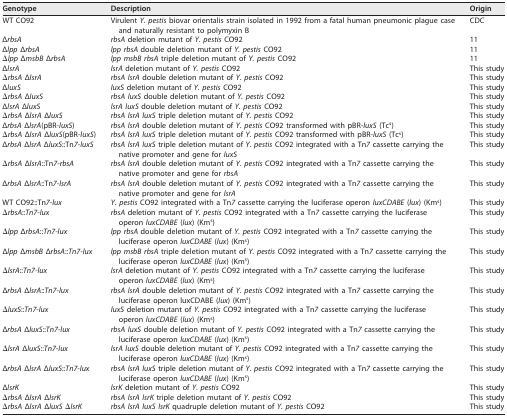
<table><thead><tr><td><b>Genotype</b></td><td><b>Description</b></td><td><b>Origin</b></td></tr></thead><tbody><tr><td>WT CO92</td><td>Virulent <i>Y. pestis</i> biovar orientalis strain isolated in 1992 from a fatal human pneumonic plague case and naturally resistant to polymyxin B</td><td>CDC</td></tr><tr><td>Δ<i>rbsA</i></td><td><i>rbsA</i> deletion mutant of <i>Y. pestis</i> CO92</td><td>11</td></tr><tr><td>Δ<i>lpp</i> Δ<i>rbsA</i></td><td><i>lpp rbsA</i> double deletion mutant of <i>Y. pestis</i> CO92</td><td>11</td></tr><tr><td><i>Δlpp</i> Δ<i>msbB</i> Δ<i>rbsA</i></td><td><i>lpp msbB rbsA</i> triple deletion mutant of <i>Y. pestis</i> CO92</td><td>11</td></tr><tr><td>Δ<i>lsrA</i></td><td><i>lsrA</i> deletion mutant of <i>Y. pestis</i> CO92</td><td>This study</td></tr><tr><td><i>ΔrbsA</i> Δ<i>lsrA</i></td><td><i>rbsA lsrA</i> double deletion mutant of <i>Y. pestis</i> CO92</td><td>This study</td></tr><tr><td>Δ<i>luxS</i></td><td><i>luxS</i> deletion mutant of <i>Y. pestis</i> CO92</td><td>This study</td></tr><tr><td><i>ΔrbsA</i> Δ<i>luxS</i></td><td><i>rbsA luxS</i> double deletion mutant of <i>Y. pestis</i> CO92</td><td>This study</td></tr><tr><td>Δ<i>lsrA</i> Δ<i>luxS</i></td><td><i>lsrA luxS</i> double deletion mutant of <i>Y. pestis</i> CO92</td><td>This study</td></tr><tr><td><i>ΔrbsA</i> Δ<i>lsrA</i> Δ<i>luxS</i></td><td><i>rbsA lsrA luxS</i> triple deletion mutant of <i>Y. pestis</i> CO92</td><td>This study</td></tr><tr><td>Δ<i>rbsA</i> Δ<i>lsrA</i>(pBR-<i>luxS</i>)</td><td><i>rbsA lsrA</i> double deletion mutant of <i>Y. pestis</i> CO92 transformed with pBR-<i>luxS</i> (Tc<sup>s</sup>)</td><td>This study</td></tr><tr><td><i>ΔrbsA</i> Δ<i>lsrA</i> Δ<i>luxS</i>(pBR-<i>luxS</i>)</td><td><i>rbsA lsrA luxS</i> triple deletion mutant of <i>Y. pestis</i> CO92 transformed with pBR-<i>luxS</i> (Tc<sup>s</sup>)</td><td>This study</td></tr><tr><td>Δ<i>rbsA</i> Δ<i>lsrA</i> Δ<i>luxS</i>::Tn<i>7</i>-<i>luxS</i></td><td><i>rbsA lsrA luxS</i> triple deletion mutant of <i>Y. pestis</i> CO92 integrated with a Tn<i>7</i> cassette carrying the native promoter and gene for <i>luxS</i></td><td>This study</td></tr><tr><td><i>ΔrbsA</i> Δ<i>lsrA</i>::Tn<i>7</i>-<i>rbsA</i></td><td><i>rbsA lsrA</i> double deletion mutant of <i>Y. pestis</i> CO92 integrated with a Tn<i>7</i> cassette carrying the native promoter and gene for <i>rbsA</i></td><td>This study</td></tr><tr><td>Δ<i>rbsA</i> Δ<i>lsrA</i>::Tn<i>7</i>-<i>lsrA</i></td><td><i>rbsA lsrA</i> double deletion mutant of <i>Y. pestis</i> CO92 integrated with a Tn<i>7</i> cassette carrying the native promoter and gene for <i>lsrA</i></td><td>This study</td></tr><tr><td>WT CO92::Tn<i>7</i>-<i>lux</i></td><td><i>Y. pestis</i> CO92 integrated with a Tn<i>7</i> cassette carrying the luciferase operon <i>luxCDABE</i> (<i>lux</i>) (Km<sup>s</sup>)</td><td>This study</td></tr><tr><td><i>ΔrbsA</i>::<i>Tn7-lux</i></td><td><i>rbsA</i> deletion mutant of <i>Y. pestis</i> CO92 integrated with a Tn<i>7</i> cassette carrying the luciferase operon <i>luxCDABE</i> (<i>lux</i>) (Km<sup>s</sup>)</td><td>This study</td></tr><tr><td><i>Δlpp</i> Δ<i>rbsA</i>::<i>Tn7-lux</i></td><td><i>lpp rbsA</i> double deletion mutant of <i>Y. pestis</i> CO92 integrated with a Tn<i>7</i> cassette carrying the luciferase operon <i>luxCDABE</i> (<i>lux</i>) (Km<sup>s</sup>)</td><td>This study</td></tr><tr><td>Δ<i>lpp</i> Δ<i>msbB</i> Δ<i>rbsA</i>::<i>Tn7-lux</i></td><td><i>lpp msbB rbsA</i> triple deletion mutant of <i>Y. pestis</i> CO92 integrated with a Tn<i>7</i> cassette carrying the luciferase operon <i>luxCDABE</i> (<i>lux</i>) (Km<sup>s</sup>)</td><td>This study</td></tr><tr><td><i>ΔlsrA</i>::<i>Tn7-lux</i></td><td><i>lsrA</i> deletion mutant of <i>Y. pestis</i> CO92 integrated with a Tn<i>7</i> cassette carrying the luciferase operon <i>luxCDABE</i> (<i>lux</i>) (Km<sup>s</sup>)</td><td>This study</td></tr><tr><td>Δ<i>rbsA</i> Δ<i>lsrA</i>::<i>Tn7-lux</i></td><td><i>rbsA lsrA</i> double deletion mutant of <i>Y. pestis</i> CO92 integrated with a Tn<i>7</i> cassette carrying the luciferase operon luxCDABE (<i>lux</i>) (Km<sup>s</sup>)</td><td>This study</td></tr><tr><td><i>ΔluxS</i>::<i>Tn7-lux</i></td><td><i>luxS</i> deletion mutant of <i>Y. pestis</i> CO92 integrated with a Tn<i>7</i> cassette carrying the luciferase operon <i>luxCDABE</i> (<i>lux</i>) (Km<sup>s</sup>)</td><td>This study</td></tr><tr><td>Δ<i>rbsA</i> Δ<i>luxS</i>::<i>Tn7-lux</i></td><td><i>rbsA luxS</i> double deletion mutant of <i>Y. pestis</i> CO92 integrated with a Tn<i>7</i> cassette carrying the luciferase operon <i>luxCDABE</i> (<i>lux</i>) (Km<sup>s</sup>)</td><td>This study</td></tr><tr><td><i>ΔlsrA</i> Δ<i>luxS</i>::<i>Tn7-lux</i></td><td><i>lsrA luxS</i> double deletion mutant of <i>Y. pestis</i> CO92 integrated with a Tn<i>7</i> cassette carrying the luciferase operon <i>luxCDABE</i> (<i>lux</i>) (Km<sup>s</sup>)</td><td>This study</td></tr><tr><td>Δ<i>rbsA</i> Δ<i>lsrA</i> Δ<i>luxS</i>::<i>Tn7-lux</i></td><td><i>rbsA lsrA luxS</i> triple deletion mutant of <i>Y. pestis</i> CO92 integrated with a Tn<i>7</i> cassette carrying the luciferase operon <i>luxCDABE</i> (<i>lux</i>) (Km<sup>s</sup>)</td><td>This study</td></tr><tr><td>Δ<i>lsrK</i></td><td><i>lsrK</i> deletion mutant of <i>Y. pestis</i> CO92</td><td>This study</td></tr><tr><td><i>ΔrbsA</i> Δ<i>lsrA</i> Δ<i>lsrK</i></td><td><i>rbsA lsrA lsrK</i> triple deletion mutant of <i>Y. pestis</i> CO92</td><td>This study</td></tr><tr><td><i>ΔrbsA</i> Δ<i>lsrA</i> Δ<i>luxS ΔlsrK</i></td><td><i>rbsA lsrA luxS lsrK</i> quadruple deletion mutant of <i>Y. pestis</i> CO92</td><td>This study</td></tr></tbody></table>